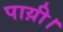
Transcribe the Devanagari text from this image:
पाय़ी।